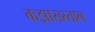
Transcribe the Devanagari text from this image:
कझाख्स्तान